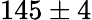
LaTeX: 145\pm 4